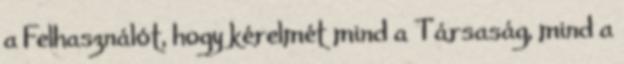
a Felhasználót, hogy kérelmét mind a Társaság, mind a